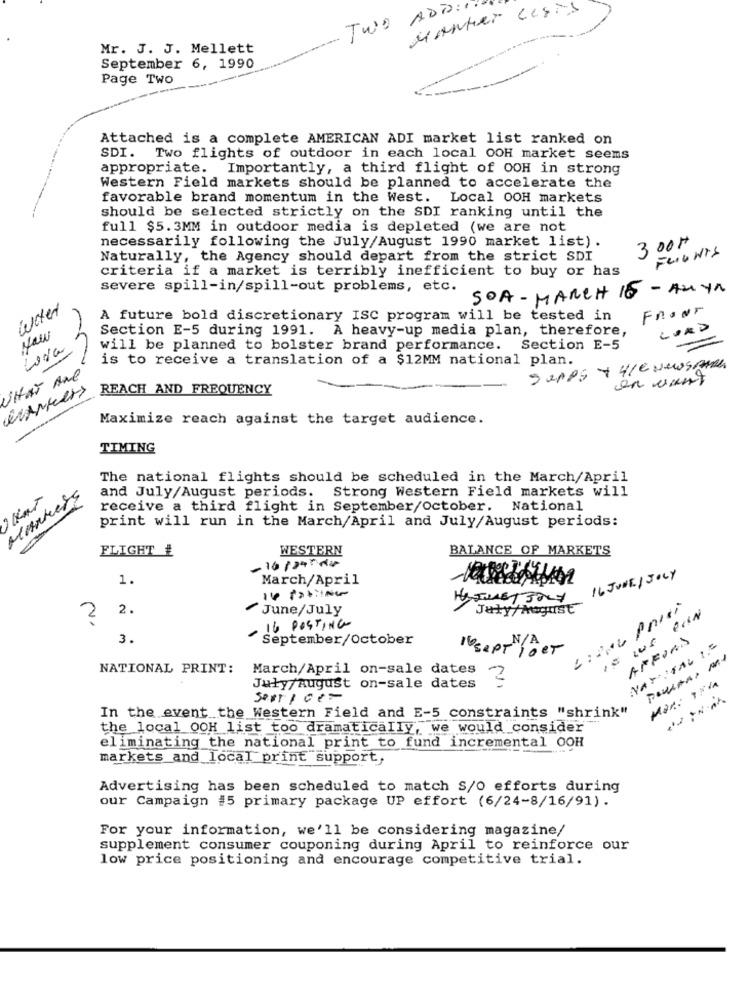
Manter cesis
TWO ADD.
Mr. J. J. Mellett
September 6, 1990
Page Two
Attached is a complete AMERICAN ADI market list ranked on
SDI. Two flights of outdoor in each local OOH market seems
appropriate. Importantly, a third flight of OOH in strong
Western Field markets should be planned to accelerate the
favorable brand momentum in the West. Local OOH markets
should be selected strictly on the SDI ranking until the
full $5.3MM in outdoor media is depleted (we are not
necessarily following the July/August 1990 market list).
300#
FLIGHTS
Naturally, the Agency should depart from the strict SDI
criteria if a market is terribly inefficient to buy or has
severe spill-in/spill-out problems, etc.
SOA- MARCH 16 - ANYA
Water
FRONT
A future bold discretionary ISC program will be tested in
Naw
Section E-5 during 1991. A heavy-up media plan, therefore,
will be planned to bolster brand performance. Section E-5
is to receive a translation of a $12MM national plan.
Sapos + 41e Nuosman.
WHAT Are
en want
REACH AND FREQUENCY
Maximize reach against the target audience.
TIMING
The national flights should be scheduled in the March/April
Markers
and July/August periods. Strong Western Field markets will
receive a third flight in September/october.
National
print will run in the March/April and July/August periods:
FLIGHT #
WESTERN
BALANCE OF MARKETS
-16:24: du
1.
March/April
16 JUNE/ JOLY
=
2 2.
June/July
Jaty/August
16 POSTING
3.
September/October
AFFORD
16sept /oct
NAVITAL 1.5
NATIONAL PRINT:
March/April on-sale dates
Man: Iria
July/August on-sale dates
service-
In the event the Western Field and E-5 constraints "shrink"
the local OOH list too dramatically, we would consider
eliminating the national print to fund incremental OOH
markets and local print support,
Advertising has been scheduled to match S/O efforts during
our Campaign #5 primary package UP effort (6/24-8/16/91).
For your information, we'll be considering magazine/
supplement consumer couponing during April to reinforce our
low price positioning and encourage competitive trial.